Manual of the Civil Veterinary Department, Central Provinces and Berar
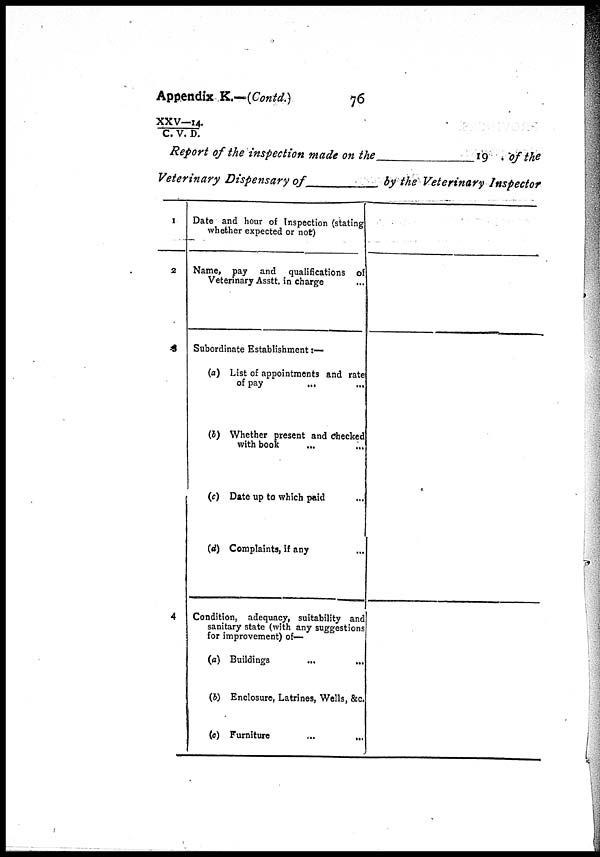
Appendix K.—(Contd.)
76
XXV—14./C.V.D.
Report of the inspection made on the
19 of the
Veterinary Dispensary of
by the Veterinary Inspector
1
2
3
4
Date and hour of Inspection (stating
whether expected or not)
Name, pay and qualifications of
Veterinary Asstt. in charge
...
Subordinate Establishment :—
(a) List of appointments and rate
of pay
...
(b) Whether present and Checked
with book
...
(c) Date up to which paid
(d) Complaints, if any ...
Condition, adequacy, suitability and
sanitary state (with any suggestions
for improvement) of—
(a) Buildings
...
...
(b) Enclosure, Latrines, Wells, &c
(c) Furniture
...
...